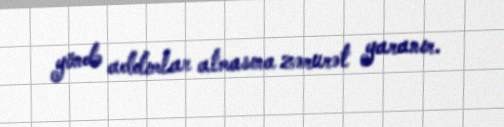
yöndə addımlar atmasına zərurət yaranır.